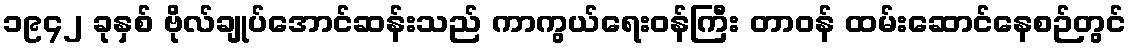
၁၉၄၂ ခုနှစ် ဗိုလ်ချုပ်အောင်ဆန်းသည် ကာကွယ်ရေးဝန်ကြီး တာဝန် ထမ်းဆောင်နေစဉ်တွင်